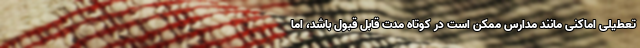
تعطیلی اماکنی مانند مدارس ممکن است در کوتاه مدت قابل قبول باشد، اما